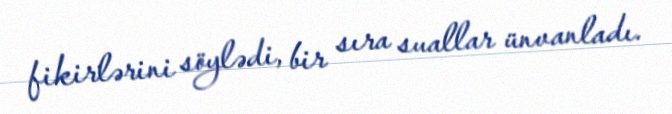
fikirlərini söylədi, bir sıra suallar ünvanladı.